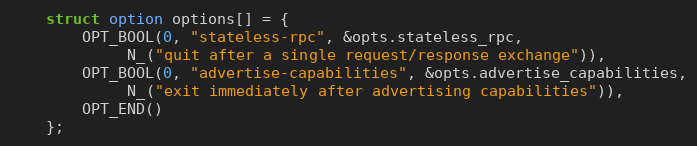
Language: C
	struct option options[] = {
		OPT_BOOL(0, "stateless-rpc", &opts.stateless_rpc,
			 N_("quit after a single request/response exchange")),
		OPT_BOOL(0, "advertise-capabilities", &opts.advertise_capabilities,
			 N_("exit immediately after advertising capabilities")),
		OPT_END()
	};